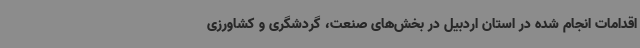
اقدامات انجام شده در استان اردبیل در بخش‌های صنعت، گردشگری و کشاورزی